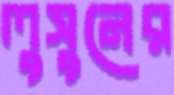
লুসুনের